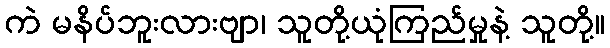
ကဲ မနိပ်ဘူးလားဗျာ၊ သူတို့ယုံကြည်မှုနဲ့ သူတို့။